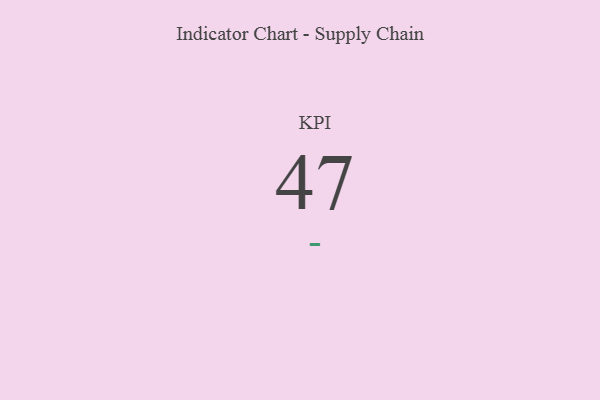
{"axis": {"x": "KPI", "y": "Value"}, "legend": [""], "data": [{"x": "KPI", "y": 47, "type": ""}]}